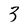
Character: 3